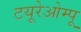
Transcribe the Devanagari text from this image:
टयूरेओम्पू